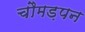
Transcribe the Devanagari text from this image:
चौमड़पन